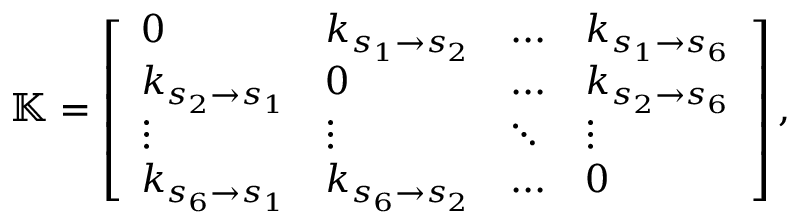
\mathbb { K } = \left[ \begin{array} { l l l l } { 0 } & { k _ { s _ { 1 } \rightarrow s _ { 2 } } } & { . . . } & { k _ { s _ { 1 } \rightarrow s _ { 6 } } } \\ { k _ { s _ { 2 } \rightarrow s _ { 1 } } } & { 0 } & { . . . } & { k _ { s _ { 2 } \rightarrow s _ { 6 } } } \\ { \vdots } & { \vdots } & { \ddots } & { \vdots } \\ { k _ { s _ { 6 } \rightarrow s _ { 1 } } } & { k _ { s _ { 6 } \rightarrow s _ { 2 } } } & { . . . } & { 0 } \end{array} \right] ,